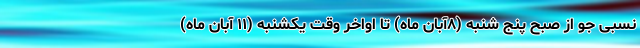
نسبی جو از صبح پنج شنبه (۸آبان ماه) تا اواخر وقت یکشنبه (۱۱ آبان ماه)